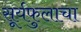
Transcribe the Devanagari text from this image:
सूर्यफुलाचा